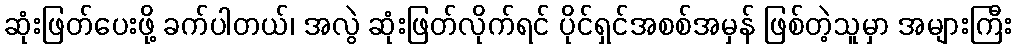
ဆုံးဖြတ်ပေးဖို့ ခက်ပါတယ်၊ အလွဲ ဆုံးဖြတ်လိုက်ရင် ပိုင်ရှင်အစစ်အမှန် ဖြစ်တဲ့သူမှာ အများကြီး